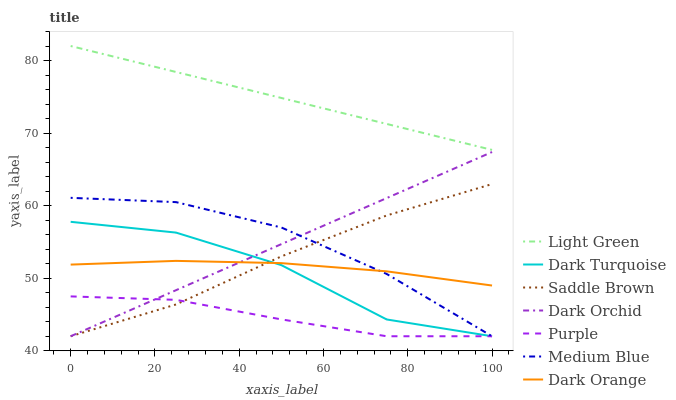
| xaxis_label | Light Green | Dark Turquoise | Saddle Brown | Dark Orchid | Purple | Medium Blue | Dark Orange |
 | --- | --- | --- | --- | --- | --- | --- | --- |
 | 0 | 82 | 57.8 | 42 | 42 | 47.5 | 61.1 | 51.9 |
 | 25 | 78.4 | 56.3 | 46.4 | 48.3 | 47 | 60.5 | 52.4 |
 | 50 | 74.8 | 51.8 | 53 | 54.7 | 44.3 | 57 | 52.1 |
 | 75 | 71.3 | 44.3 | 58.6 | 61 | 42 | 50.6 | 50.9 |
 | 100 | 67.7 | 42 | 63 | 67.4 | 42 | 42 | 49 |